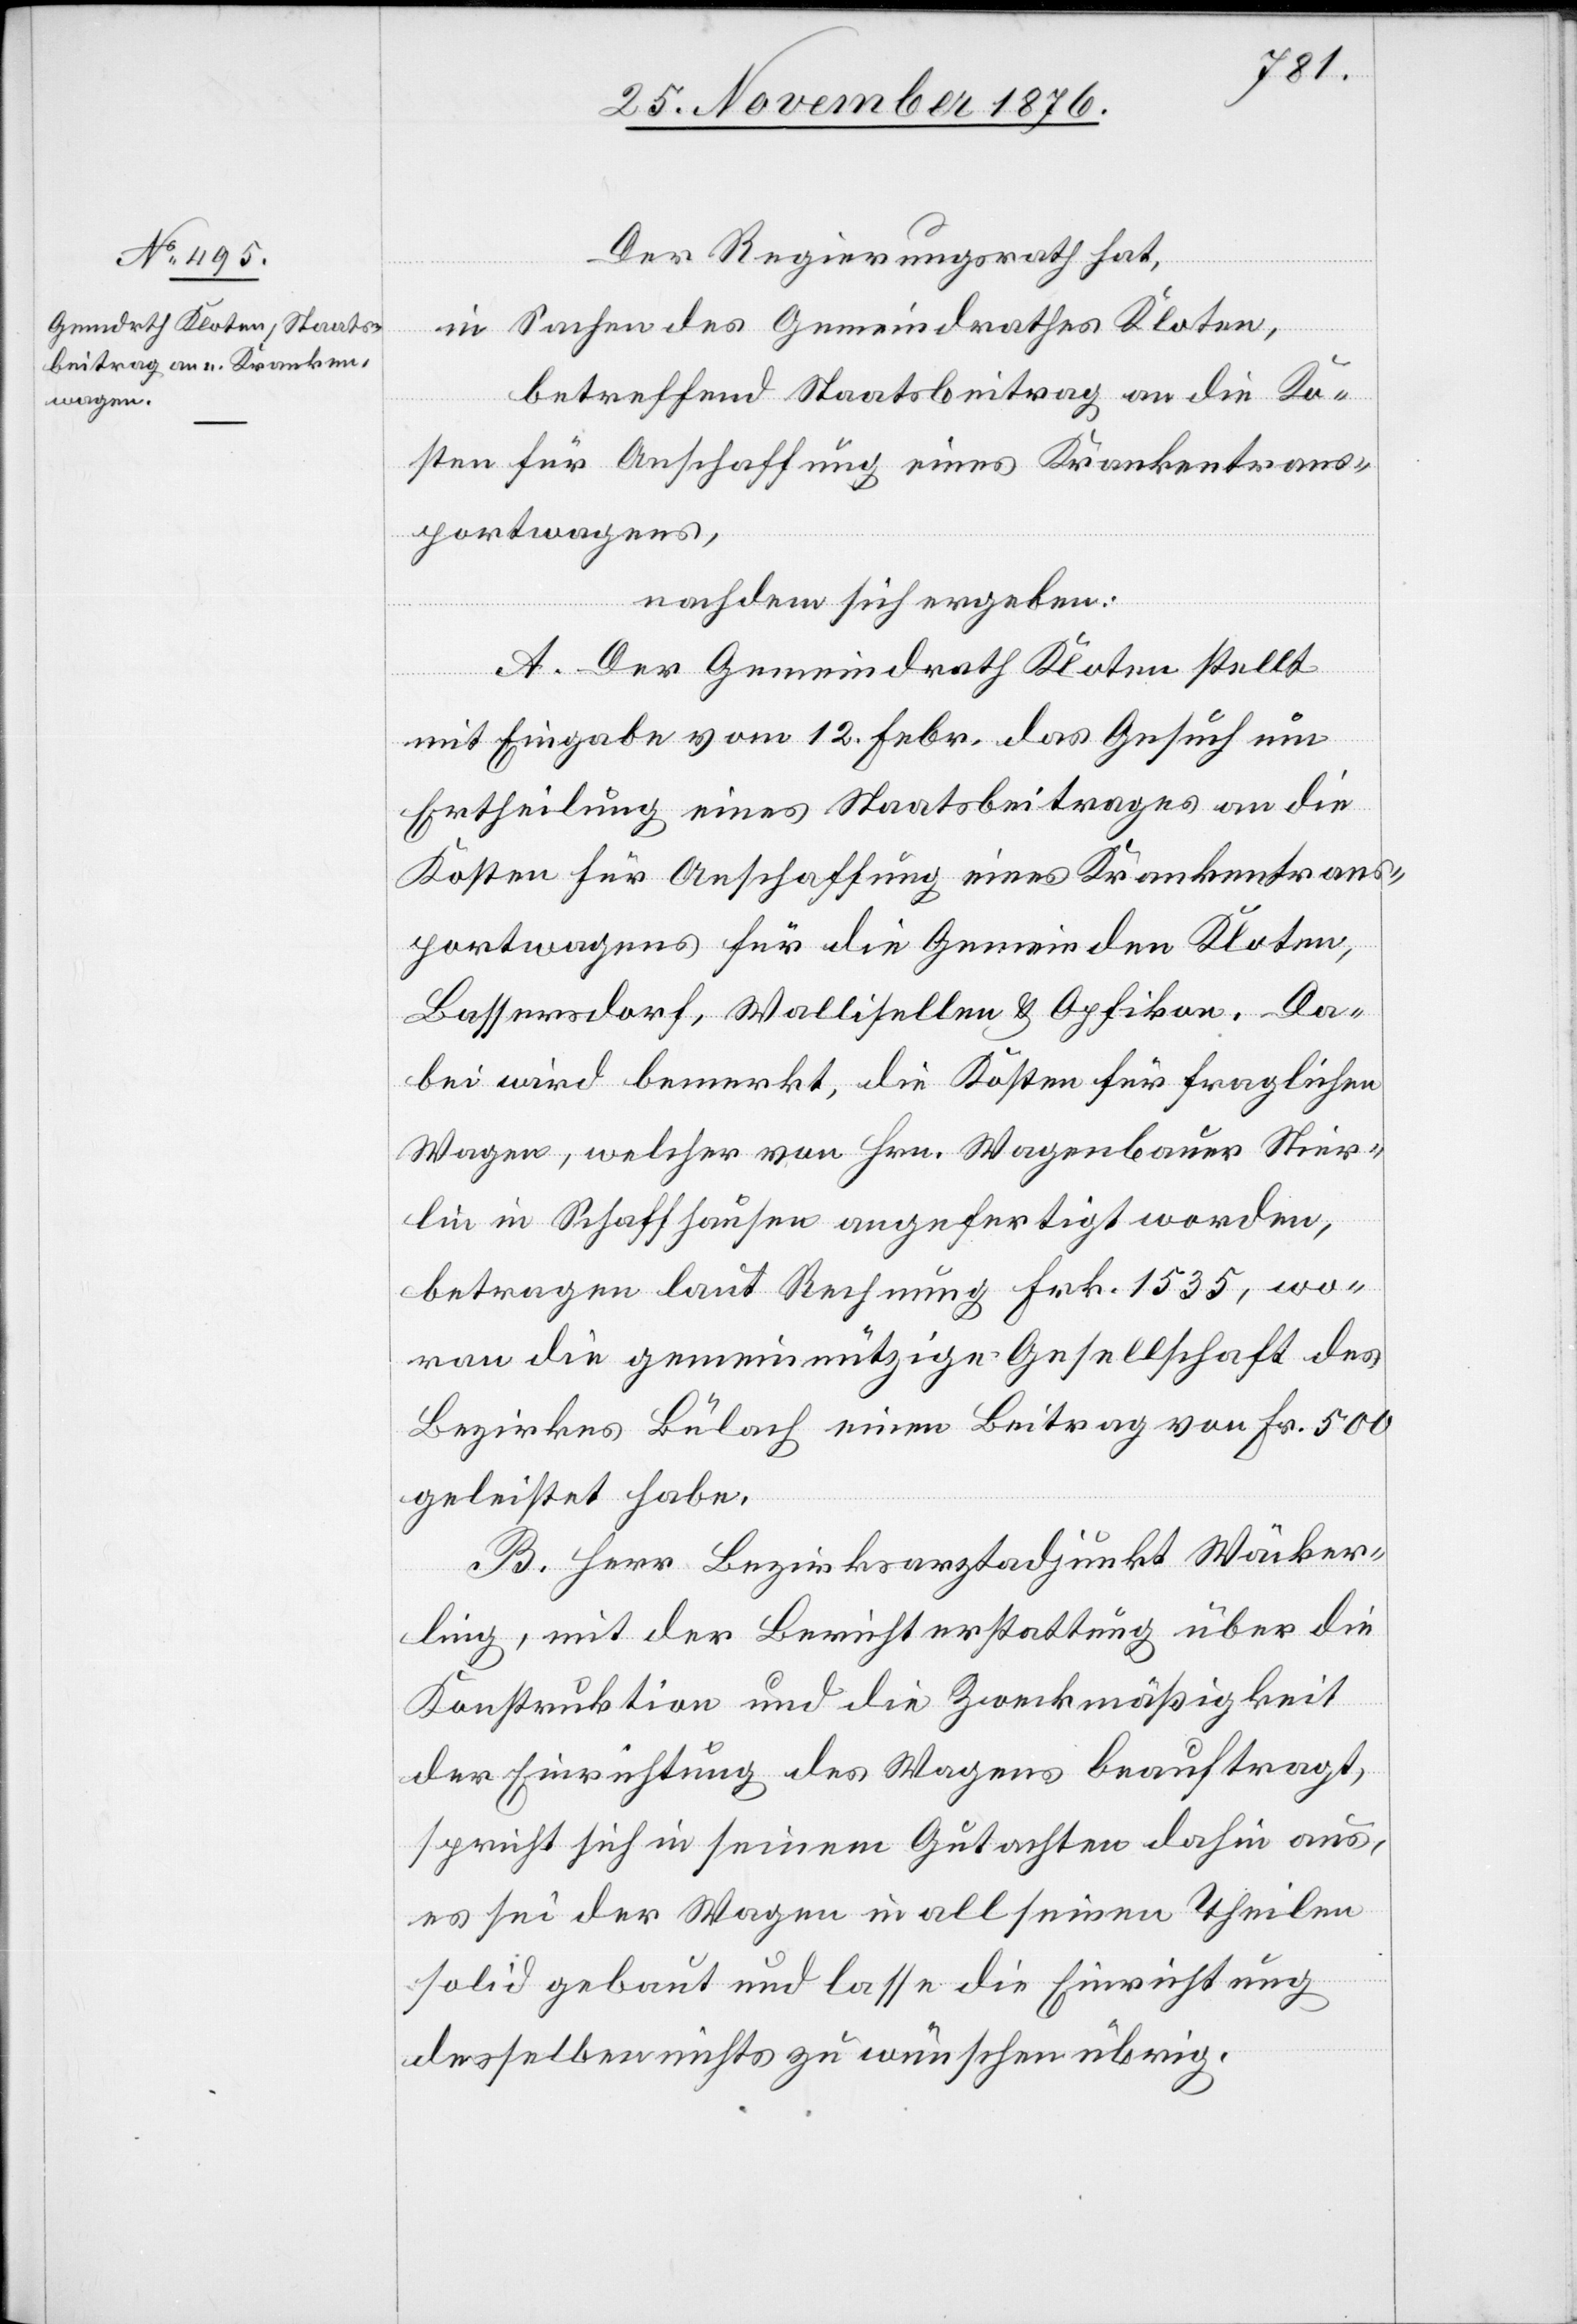
Der Regierungsrath hat,
in Sachen des Gemeindrathes Kloten,
betreffen Staatsbeitrag an die Ko¬
sten für Anschaffung eines Krankentrans¬
portwagens,
nachdem sich ergeben:
A. Der Gemeindrath Kloten stellt
mit Eingabe vom 12. Febr. das Gesuch um
Ertheilung eines Staatsbeitrages an die
Kosten für Anschaffung eines Krankentrans¬
portwagens für die Gemeinden Kloten,
Bassersdorf, Wallisellen & Opfikon. Da¬
bei wird bemerkt, die Kosten für fraglichen
Wagen, welcher von Hrn. Wagenbauer Stier¬
lin in Schaffhausen angefertigt worden,
betragen laut Rechnung Frk. 1535, wo¬
ran die gemeinnützige Gesellschaft des
Bezirkes Bülach einen Beitrag von Fr. 500
geleistet habe.
B. Herr Bezirksarztadjunkt Wäcke¬
ling, mit der Berichterstattung über die
Konstruktion und die Zweckmäßigkeit
der Einrichtung des Wagens beauftragt,
spricht sich in seinem Gutachten dahin aus,
es sei der Wagen in all seinen Theilen
solid gebaut und lasse die Einrichtung
desselben nicht zu wünschen übrig.